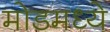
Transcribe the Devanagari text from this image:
मोडमध्ये